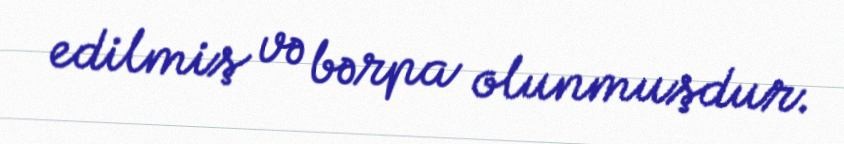
edilmiş və bərpa olunmuşdur.